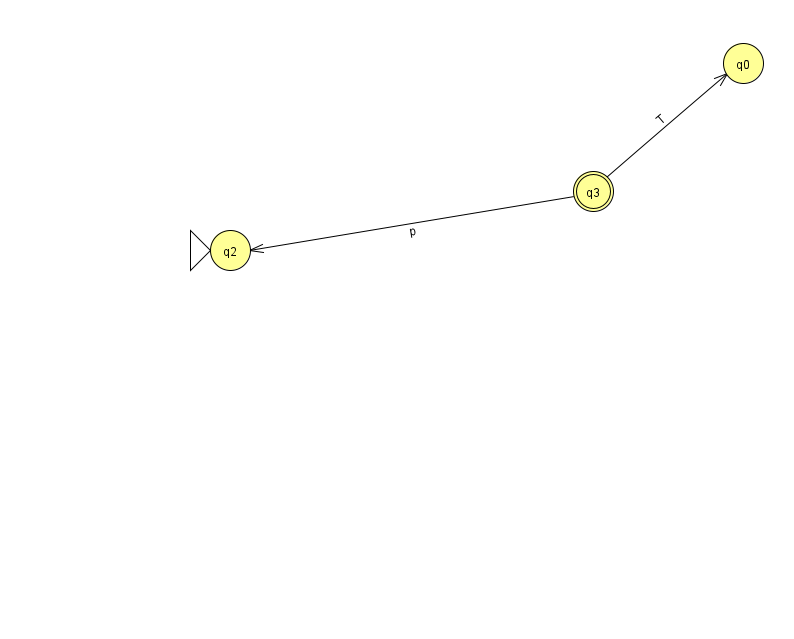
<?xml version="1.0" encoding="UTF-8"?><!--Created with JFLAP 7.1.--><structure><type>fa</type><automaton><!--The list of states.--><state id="0" name="q0"><x>743.0</x><y>50.0</y></state><state id="2" name="q2"><x>230.0</x><y>237.0</y><initial/></state><state id="3" name="q3"><x>593.0</x><y>178.0</y><final/></state><!--The list of transitions.--><transition><from>3</from><to>0</to><read>T</read></transition><transition><from>3</from><to>2</to><read>p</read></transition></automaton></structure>